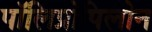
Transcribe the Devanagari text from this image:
पॉलिप्रोपिलोन